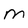
Character: M